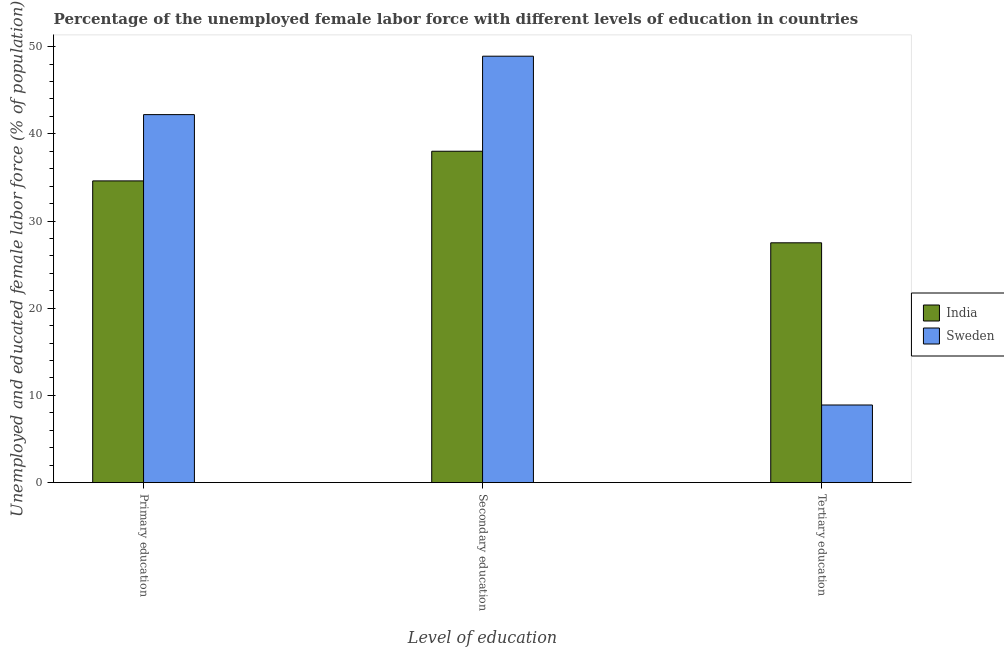
| Level of education | India | Sweden |
 | --- | --- | --- |
 | Primary education | 34.6 | 42.2 |
 | Secondary education | 38 | 48.9 |
 | Tertiary education | 27.5 | 8.9 |